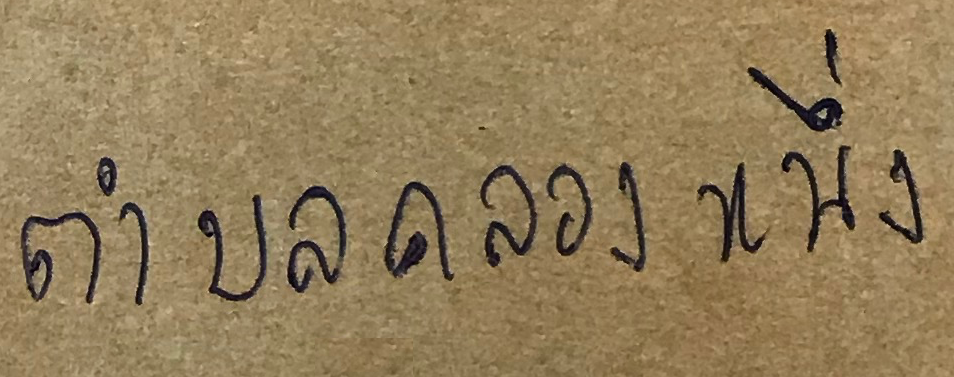
ตำบลคลองหนึ่ง